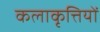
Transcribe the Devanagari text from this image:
कलाकृत्तियों